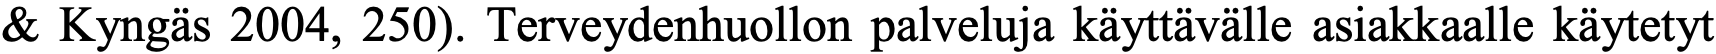
& Kyngäs 2004, 250). Terveydenhuollon palveluja käyttävälle asiakkaalle käytetyt